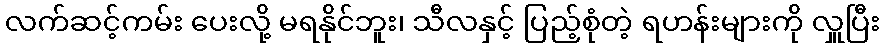
လက်ဆင့်ကမ်း ပေးလို့ မရနိုင်ဘူး၊ သီလနှင့် ပြည့်စုံတဲ့ ရဟန်းများကို လှူပြီး